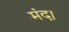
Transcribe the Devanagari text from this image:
मंद।